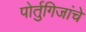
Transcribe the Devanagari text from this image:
पोर्तुगिजांचे